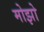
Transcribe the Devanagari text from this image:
मोझो